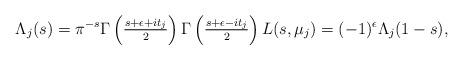
LaTeX: \begin{align*} \Lambda_j(s) = \pi^{-s} \Gamma\left( \tfrac{s + \epsilon + it_j}{2} \right)\Gamma\left( \tfrac{s + \epsilon - it_j}{2} \right) L(s, \mu_j) = (-1)^\epsilon \Lambda_j(1-s), \end{align*}